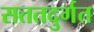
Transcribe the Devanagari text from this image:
सततदुर्गत